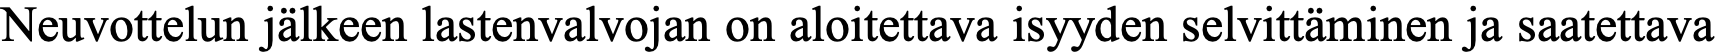
Neuvottelun jälkeen lastenvalvojan on aloitettava isyyden selvittäminen ja saatettava